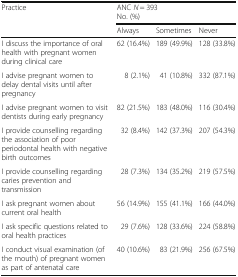
<table><thead><tr><td rowspan="2"><b>Practice</b></td><td colspan="3"><b>ANC <i>N</i> = 393No. (%)</b></td></tr><tr><td><b>Always</b></td><td><b>Sometimes</b></td><td><b>Never</b></td></tr></thead><tbody><tr><td>I discuss the importance of oral health with pregnant women during clinical care</td><td>62 (16.4%)</td><td>189 (49.9%)</td><td>128 (33.8%)</td></tr><tr><td>I advise pregnant women to delay dental visits until after pregnancy</td><td>8 (2.1%)</td><td>41 (10.8%)</td><td>332 (87.1%)</td></tr><tr><td>I advise pregnant women to visit dentists during early pregnancy</td><td>82 (21.5%)</td><td>183 (48.0%)</td><td>116 (30.4%)</td></tr><tr><td>I provide counselling regarding the association of poor periodontal health with negative birth outcomes</td><td>32 (8.4%)</td><td>142 (37.3%)</td><td>207 (54.3%)</td></tr><tr><td>I provide counselling regarding caries prevention and transmission</td><td>28 (7.3%)</td><td>134 (35.2%)</td><td>219 (57.5%)</td></tr><tr><td>I ask pregnant women about current oral health</td><td>56 (14.9%)</td><td>155 (41.1%)</td><td>166 (44.0%)</td></tr><tr><td>I ask specific questions related to oral health practices</td><td>29 (7.6%)</td><td>128 (33.6%)</td><td>224 (58.8%)</td></tr><tr><td>I conduct visual examination (of the mouth) of pregnant women as part of antenatal care</td><td>40 (10.6%)</td><td>83 (21.9%)</td><td>256 (67.5%)</td></tr></tbody></table>